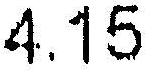
4.15